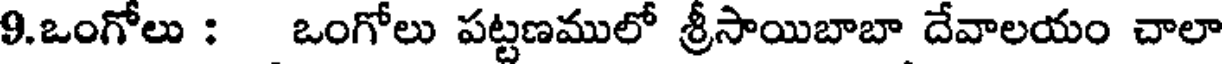
9.ఒంగోలు : ఒంగోలు పట్టణములో శ్రీసాయిబాబా దేవాలయం చాలా